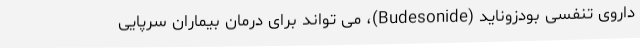
داروی تنفسی بودزوناید (Budesonide)، می تواند برای درمان بیماران سرپایی